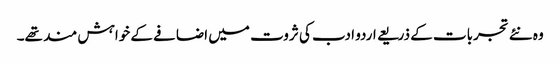
وہ نئے تجربات کے ذریعے اردو ادب کی ثروت میں اضافے کے خواہش مند تھے۔